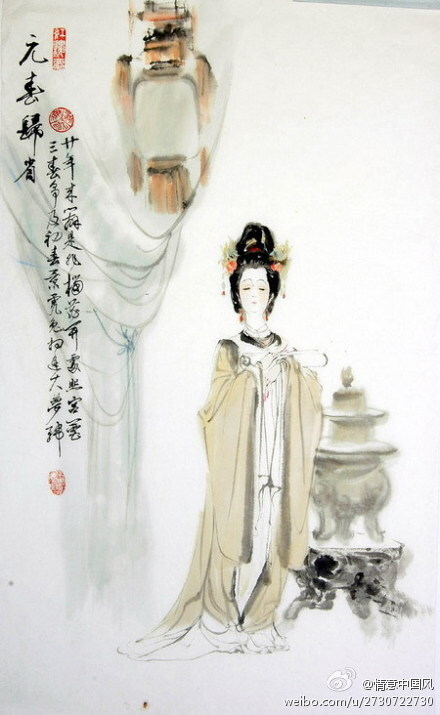
寄语东阳沽酒市，拼一醉，而今乐事他年泪。